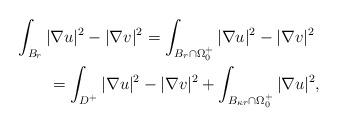
LaTeX: \begin{align*}& \int_{B_r}|\nabla u|^2-|\nabla v|^2 = \int_{B_{r}\cap \Omega_0^+}|\nabla u|^2-|\nabla v|^2 \\&\qquad=\int_{D^+}|\nabla u|^2-|\nabla v|^2 + \int_{B_{\kappa r}\cap\Omega_0^+}|\nabla u|^2, \end{align*}